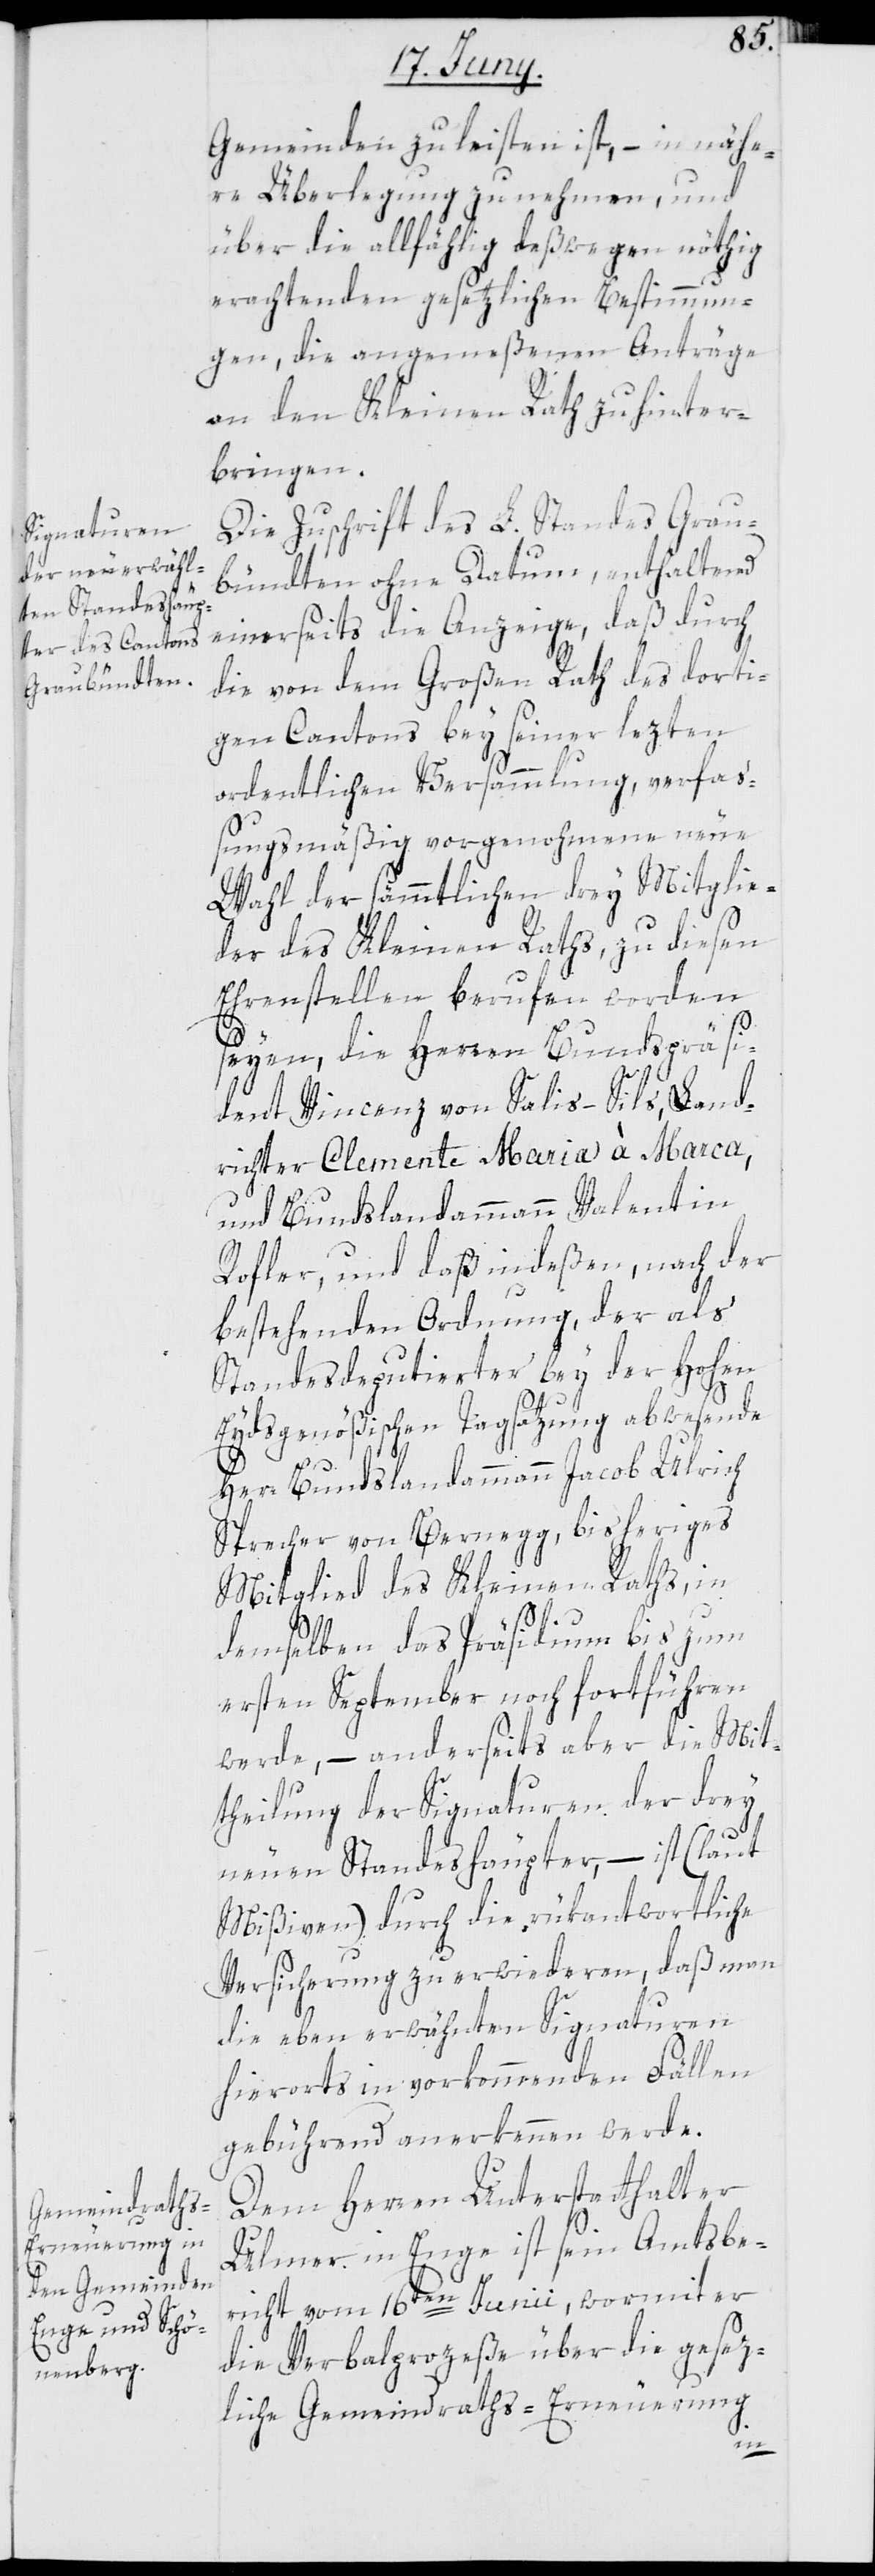
Gemeinden zu leisten ist, – in nähe¬
re Überlegung zu nehmen, und
über die allfählig deßwegen nöthig
erachtenden gesetzlichen Bestimmun¬
gen, die angemeßenen Anträge
an den Kleinen Rath zu hinter¬
bringen.
Die Zuschrift des L. Standes Grau¬
bündten ohne Datum, enthaltend
einerseits die Anzeige, daß durch
die von dem Großen Rath des dorti¬
gen Cantons bey seiner lezten
ordentlichen Versammlung, verfa¬
ßungsmäßig vorgenohmene neue
Wahl der sämtlichen drey Mitglie¬
der des Kleinen Raths, zu diesen
Ehrenstellen berufen worden
seyen, die Herren Brundspräsi¬
dent Vincenz von Salis-Sils, Land¬
richter Clemente Maria à Marca,
und Bundslandammann Valentin
Rofler, und daß indeßen, nach der
bestehenden Ordnung, der als
Standesdeputierter bey der Hohen
Eydsgenößischen Tagsatzung abwesende
Herr Bundeslandammann Jacob Ulrich
Sprecher von Bernegg, bisheriges
Mitglied des Kleinen Raths, in
demselben das Präsidium bis zum
ersten September noch fortführen
werde, – anderseits aber die Mit¬
theilung der Signaturen der drey
neuen Standeshäupter, – ist (laut
Mißiven) durch die rükantwortliche
Versicherung zu erwideren, daß man
die eben erwähnten Signaturen
hierorts in vorkommenden Fällen
gebührend anerkennen werde.
Dem Herren Unterstatthalter
Ulmer in Enge ist sein Amtsbe¬
richt vom 16ten Junii, wormit er
die Verbalprozeße über die gesez¬
liche Gemeindraths-Erneuerung